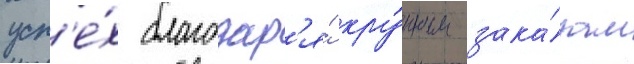
усп'е́х благодар'я́ кру́пным зака́зам